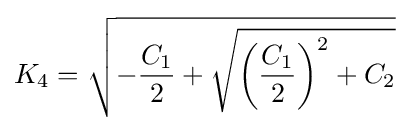
{K_{4}}={\sqrt {-{\frac {C_{1}}{2}}+{\sqrt {\left({\frac {C_{1}}{2}}\right)^{2}+C_{2}}}}}